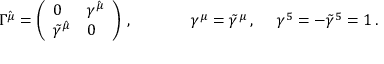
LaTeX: \begin{array} { c c c } { { \Gamma ^ { \hat { \mu } } = \left( \begin{array} { l l } { { 0 } } & { { \gamma ^ { \hat { \mu } } } } \\ { { \tilde { \gamma } ^ { \hat { \mu } } } } & { { 0 } } \end{array} \right) \, , ~ ~ ~ ~ } } & { { ~ ~ ~ ~ \gamma ^ { \mu } = \tilde { \gamma } ^ { \mu } \, , ~ ~ ~ ~ \gamma ^ { 5 } = - \tilde { \gamma } ^ { 5 } = 1 \, . } } \end{array}